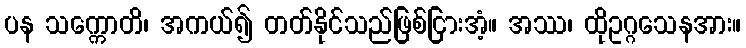
ပန သက္ကောတိ၊ အကယ်၍ တတ်နိုင်သည်ဖြစ်ငြားအံ့။ အဿ၊ ထိုဥဂ္ဂသေနအား။